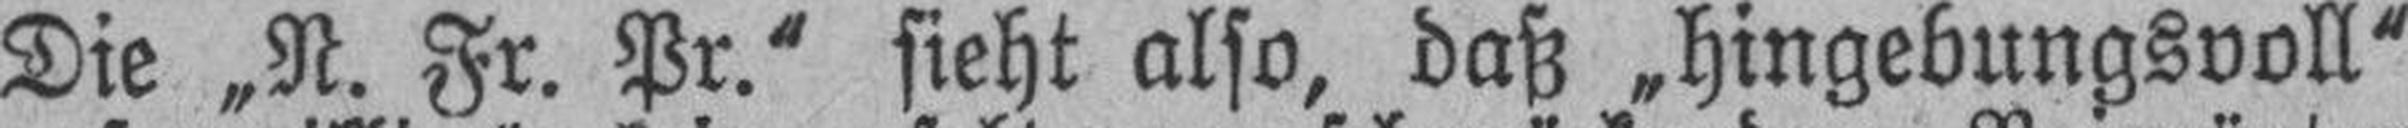
Die „N. Fr. Pr.“ sieht also, daß „hingebungsvoll“